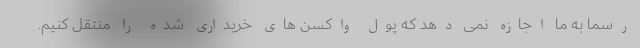
رسماً به ما اجازه نمی دهد که پول واکسن های خریداری شده را منتقل کنیم.